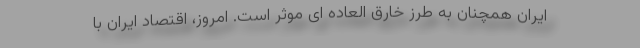
ایران همچنان به طرز خارق العاده ای موثر است. امروز، اقتصاد ایران با